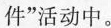
件”活动中。